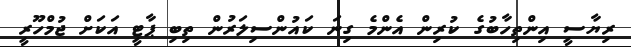
ރިޔާސީ އިންތިހާބުގެ ކުރިން އެންމެ ގިނަ ކައުންސިލަރުން ތިބި ޕާޓީ އަކަށް ޖުމްހޫރީ